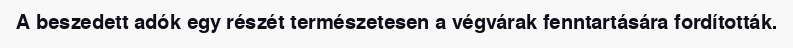
A beszedett adók egy részét természetesen a végvárak fenntartására fordították.